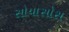
સોયાસોસ